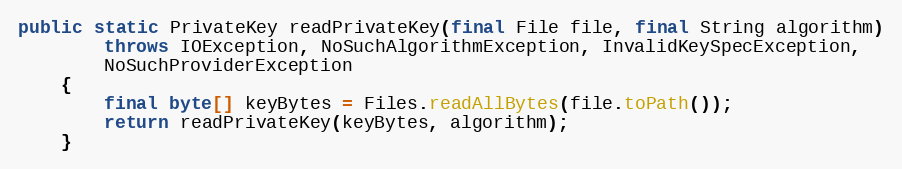
Language: Java
public static PrivateKey readPrivateKey(final File file, final String algorithm)
		throws IOException, NoSuchAlgorithmException, InvalidKeySpecException,
		NoSuchProviderException
	{
		final byte[] keyBytes = Files.readAllBytes(file.toPath());
		return readPrivateKey(keyBytes, algorithm);
	}